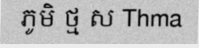
ភូមិ ថ្ម ស Thma